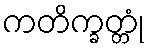
ကတိက္ခတ္တုံ